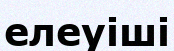
елеуіші